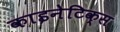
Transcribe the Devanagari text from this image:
काइनेटिक्स